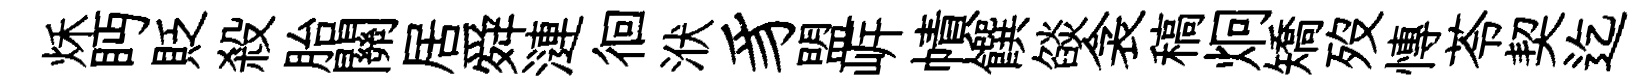
秌眄貶殺胎關居舜漣徊洑豸盟㟁幘饌燄衾稿炯矯歿慱苓契迄